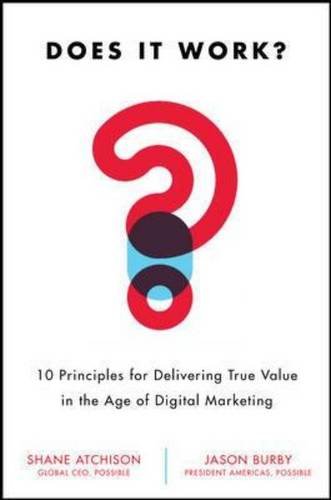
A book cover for Does It Work?: 10 Principles for Delivering True Business Value in Digital Marketing; Shane Atchison; Computers & Technology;